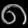
Digit: ၈